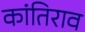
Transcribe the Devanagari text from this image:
कांतिराव